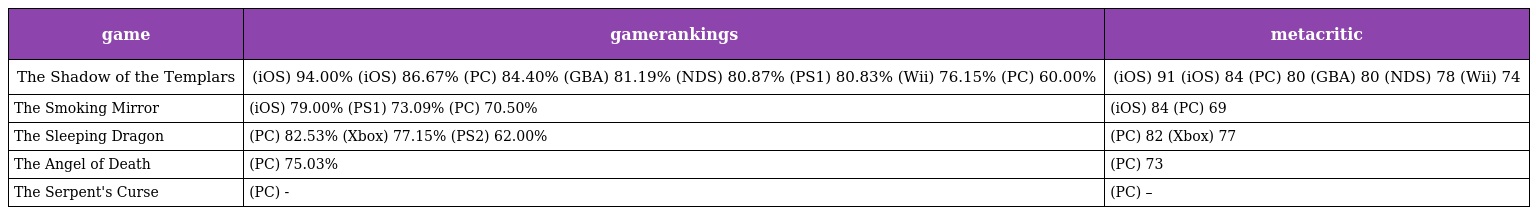
| game | gamerankings | metacritic |
 | --- | --- | --- |
 | The Shadow of the Templars | (iOS) 94.00% (iOS) 86.67% (PC) 84.40% (GBA) 81.19% (NDS) 80.87% (PS1) 80.83% (Wii) 76.15% (PC) 60.00% | (iOS) 91 (iOS) 84 (PC) 80 (GBA) 80 (NDS) 78 (Wii) 74 |
 | The Smoking Mirror | (iOS) 79.00% (PS1) 73.09% (PC) 70.50% | (iOS) 84 (PC) 69 |
 | The Sleeping Dragon | (PC) 82.53% (Xbox) 77.15% (PS2) 62.00% | (PC) 82 (Xbox) 77 |
 | The Angel of Death | (PC) 75.03% | (PC) 73 |
 | The Serpent's Curse | (PC) - | (PC) – |